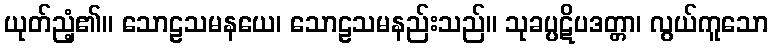
ယုတ်ညံ့၏။ သောဠသမနယေ၊ သောဠသမနည်းသည်။ သုခပ္ပဋိပဒတ္တာ၊ လွယ်ကူသော